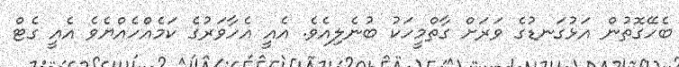
ބެހޭގޮތުން އަޅުގަނޑުގެ ވަރަށް ގާތްމީހަކު ބުނެލިއެވެ. އެއީ އެހާވަރުގެ ކަމެއްހެއްޔެވެ އެއީ ގެޓް